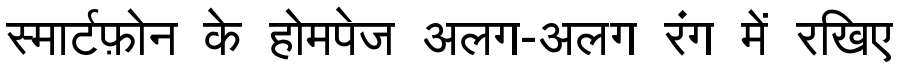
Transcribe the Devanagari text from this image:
स्मार्टफ़ोन के होमपेज अलग-अलग रंग में रखिए